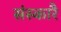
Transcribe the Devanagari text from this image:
संस्कारै